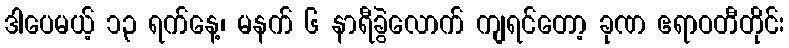
ဒါပေမယ့် ၁၃ ရက်နေ့၊ မနက် ၆ နာရီခွဲလောက် ကျရင်တော့ ခုဏ ဧရာဝတီတိုင်း